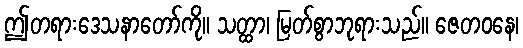
ဤတရားဒေသနာတော်ကို။ သတ္ထာ၊ မြတ်စွာဘုရားသည်။ ဇေတဝနေ၊